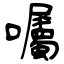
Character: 囑